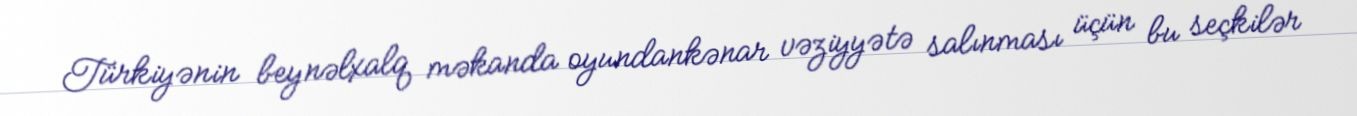
Türkiyənin beynəlxalq məkanda oyundankənar vəziyyətə salınması üçün bu seçkilər